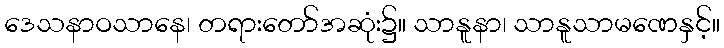
ဒေသနာဝသာနေ၊ တရားတော်အဆုံး၌။ သာနူနာ၊ သာနူသာမဏေနှင့်။